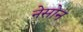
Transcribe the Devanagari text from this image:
नेसोन